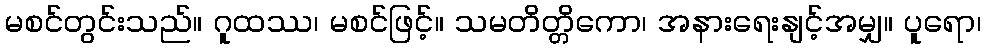
မစင်တွင်းသည်။ ဂူထဿ၊ မစင်ဖြင့်။ သမတိတ္တိကော၊ အနားရေးနျင့်အမျှ။ ပူရော၊